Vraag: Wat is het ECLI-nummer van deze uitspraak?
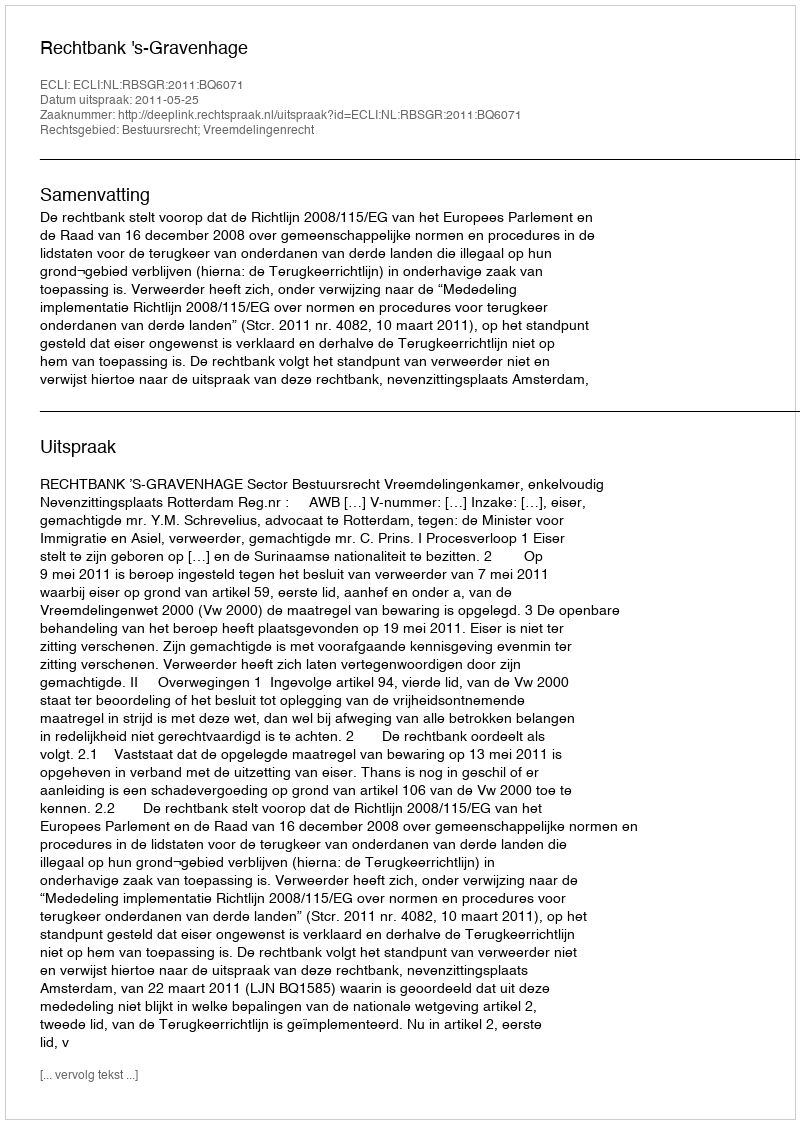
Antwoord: ECLI:NL:RBSGR:2011:BQ6071